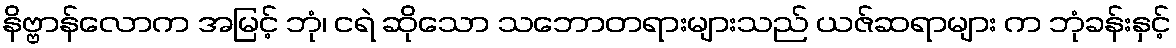
နိဗ္ဗာန်လောက အမြင့် ဘုံ၊ ငရဲ ဆိုသော သဘောတရားများသည် ယဇ်ဆရာများ က ဘုံခန်းနှင့်